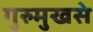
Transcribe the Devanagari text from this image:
गुरुमुखसे